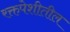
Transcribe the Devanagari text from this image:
रक्तपेशीतील